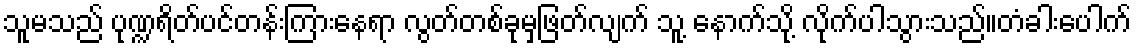
သူမသည် ပုဏ္ဍရိတ်ပင်တန်းကြားနေရာ လွတ်တစ်ခုမှဖြတ်လျက် သူ့ နောက်သို့ လိုက်ပါသွားသည်။တံခါးပေါက်